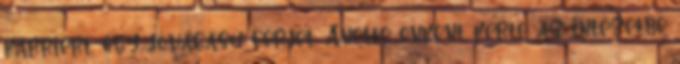
karriert, egy jóvágású férjet. Anette önként kérte az intézetbe